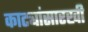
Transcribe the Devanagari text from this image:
काट्यांसारखी